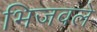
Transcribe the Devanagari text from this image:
भिजवले